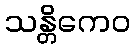
သန္တိကေဝ